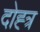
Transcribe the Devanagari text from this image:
दोह्त्र